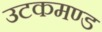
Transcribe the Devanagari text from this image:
उटकमण्ड